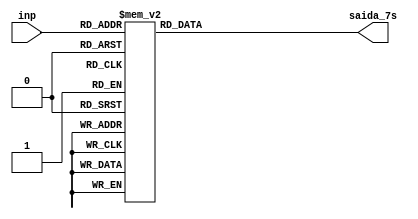
module display_7_seg (inp, saida_7s);
	input [3:0] inp;
	output [6:0] saida_7s;
	reg [6:0] segmentos;
	always @ (*)
	case (inp)
		4'b0000: segmentos=7'b0000001;
		4'b0001: segmentos=7'b1001111;
		4'b0010: segmentos=7'b0010010;
		4'b0011: segmentos=7'b0000110;
		4'b0100: segmentos=7'b1001100;
		4'b0101: segmentos=7'b0100100;
		4'b0110: segmentos=7'b0100000;
		4'b0111: segmentos=7'b0001111;
		4'b1000: segmentos=7'b0000000;
		4'b1001: segmentos=7'b0000100;
		default: segmentos=7'b1111111;
	endcase
	assign saida_7s = segmentos;
endmodule